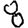
Digit: 8